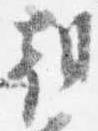
朝